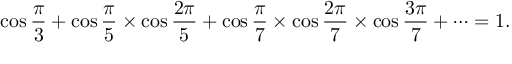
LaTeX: \cos { \frac { \pi } { 3 } } + \cos { \frac { \pi } { 5 } } \times \cos { \frac { 2 \pi } { 5 } } + \cos { \frac { \pi } { 7 } } \times \cos { \frac { 2 \pi } { 7 } } \times \cos { \frac { 3 \pi } { 7 } } + \dots = 1 .